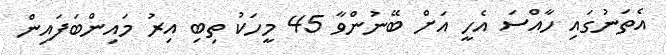
އެތަނުގައި ހާއްސަ އެހީ އަށް ބޭނުންވާ 45 މީހަކު ތިބި އިރު މައިންބަފައިން